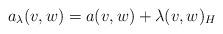
LaTeX: \begin{align*}a_\lambda (v,w) = a(v,w) + \lambda (v,w)_H\end{align*}